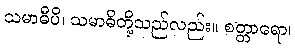
သမာဓီပိ၊ သမာဓိတို့သည်လည်း။ စတ္တာရော၊